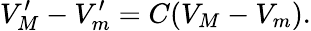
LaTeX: V_{M}^{\prime}-V_{m}^{\prime}=C(V_{M}-V_{m}).